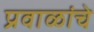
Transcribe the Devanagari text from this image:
प्रवाळांचे